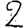
Digit: 2